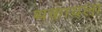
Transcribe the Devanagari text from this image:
थकायला